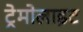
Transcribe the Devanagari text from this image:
ट्रेमोलाइट